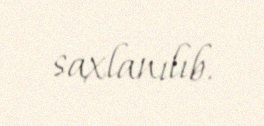
saxlanılıb.